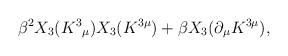
LaTeX: \begin{align*}\beta^{2}X_{3}(K^{3}{}_{\mu})X_{3}(K^{3\mu })+\beta X_{3}(\partial _{\mu }K^{3\mu}),\end{align*}